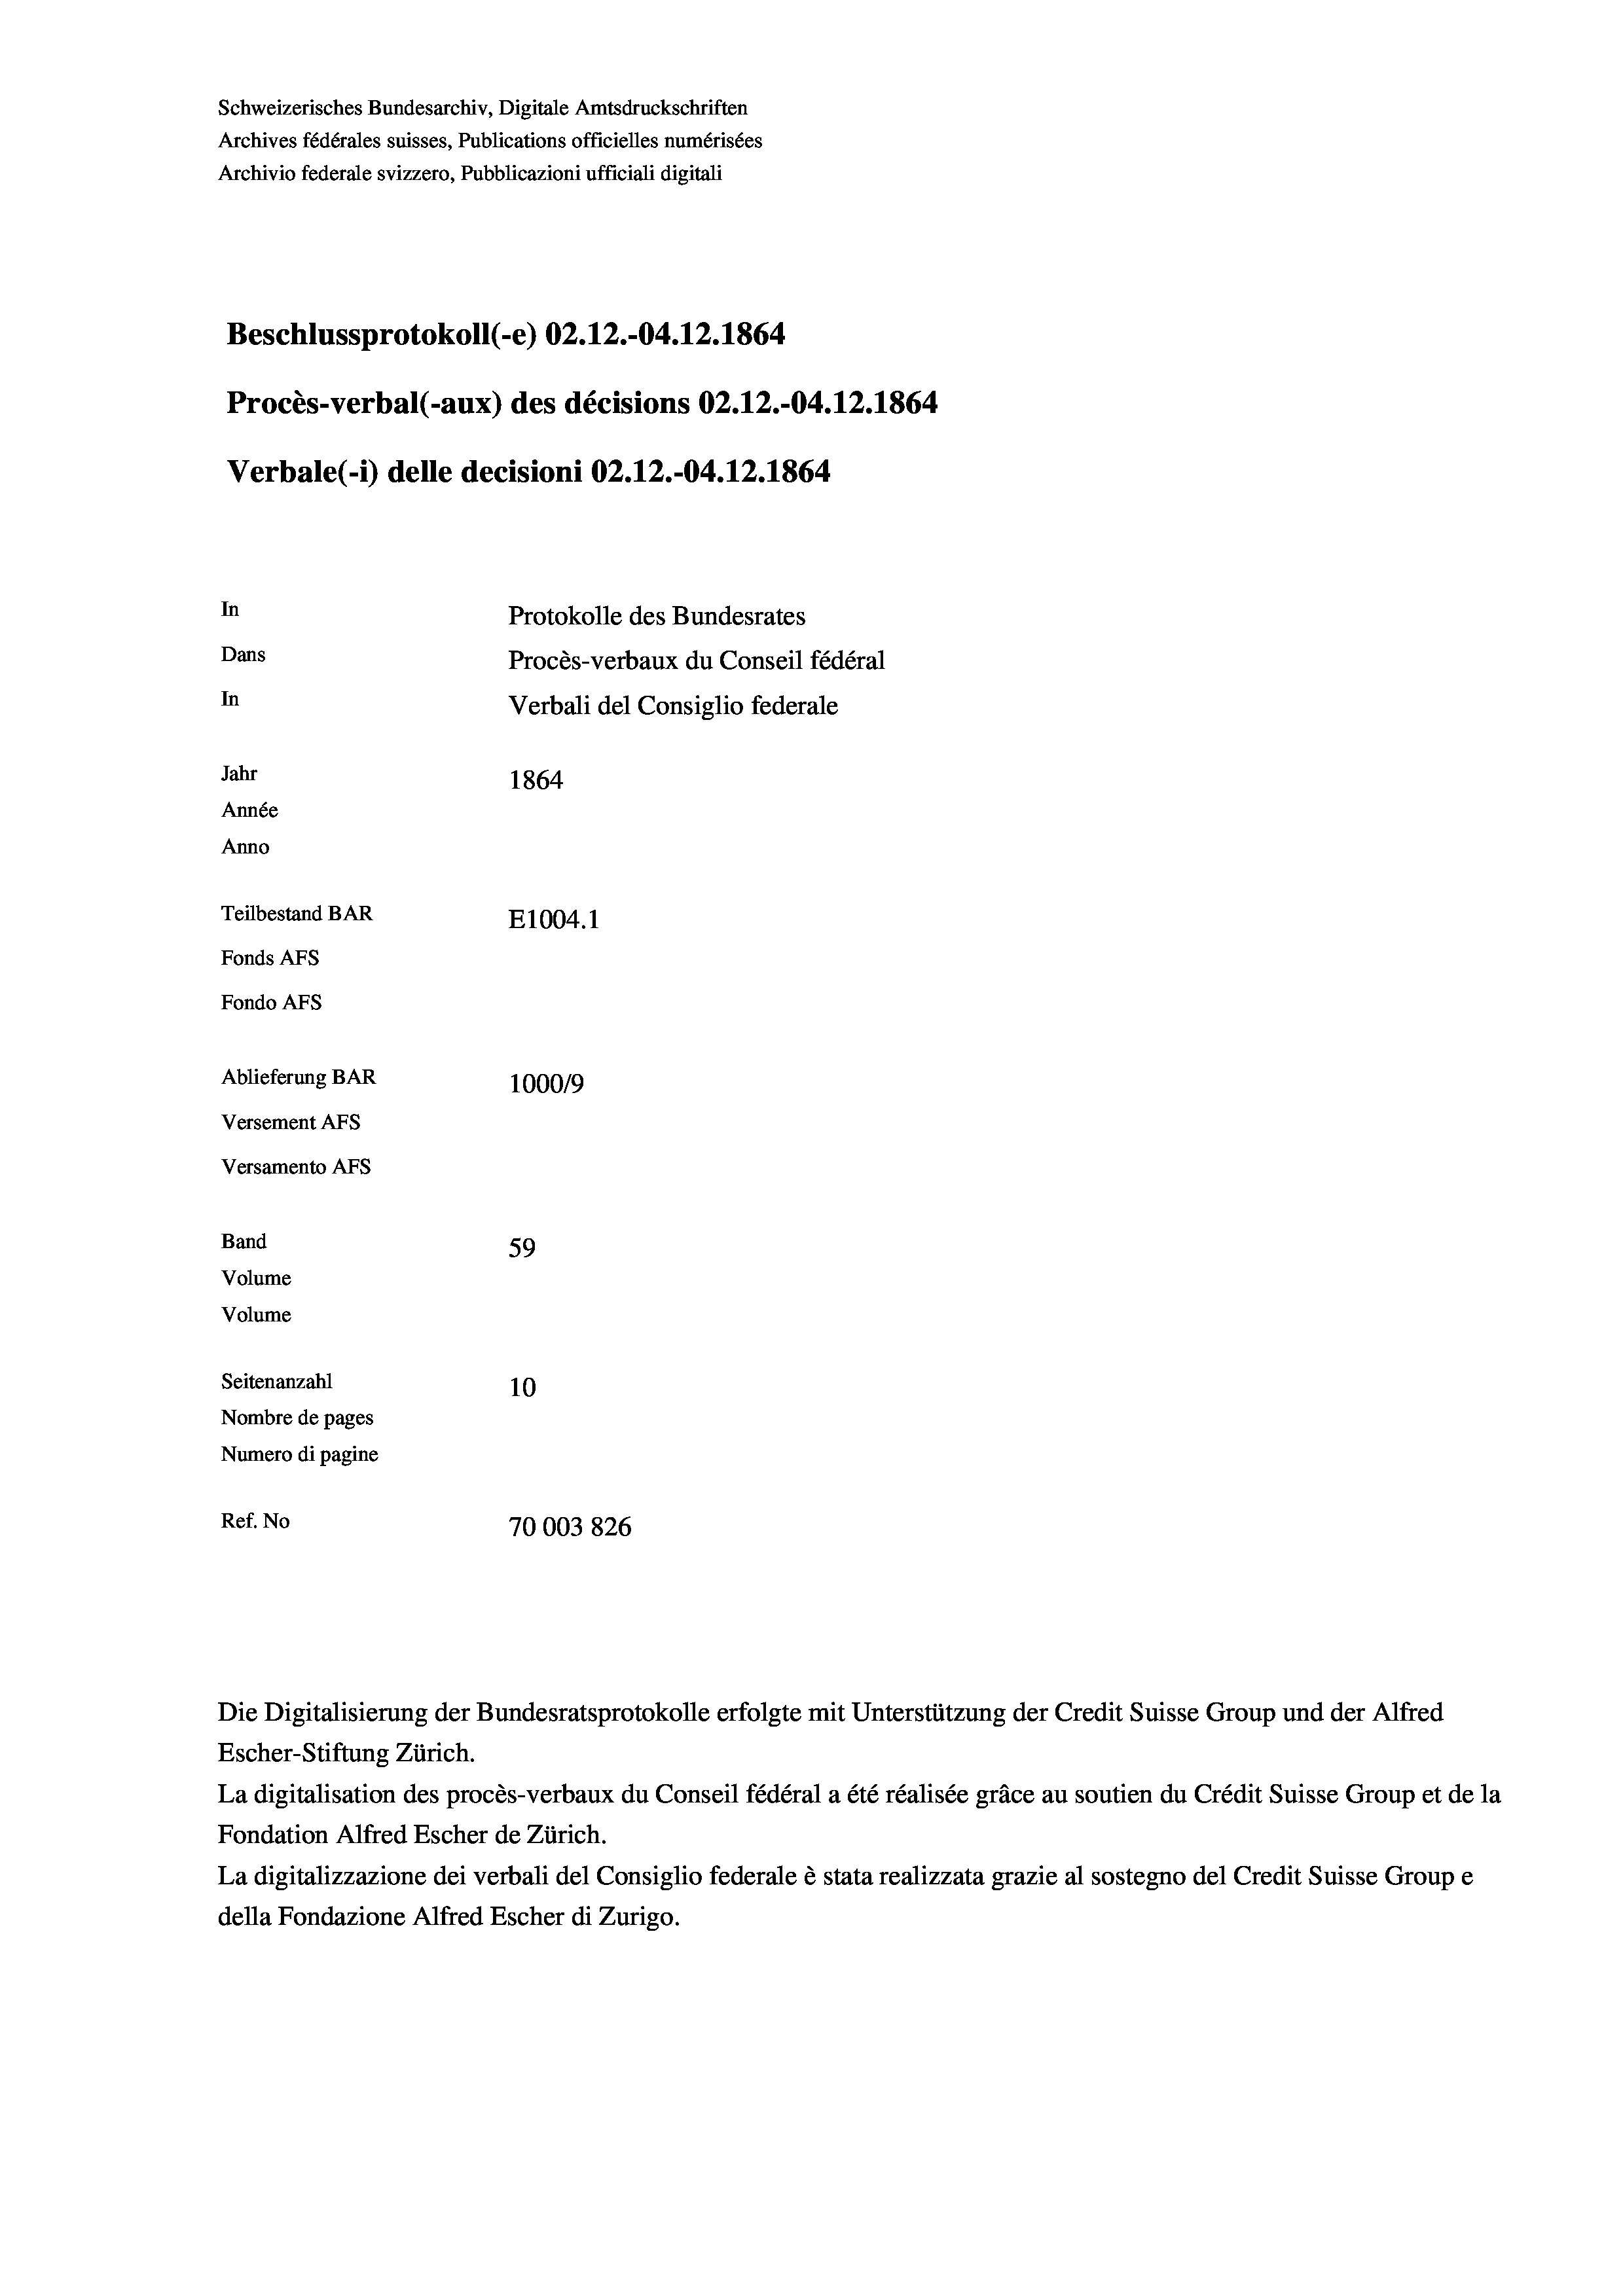
Beschlussprotokoll (-e) 02.12.-04.12.1864
Procès-verbal (-aux) des décisions 02.12.-04.12.1864
In
Protokolle des Bundesrates
Dans
Procès-verbaux du Conseil fédéral
In
Verbali del Consiglio federale
Jahr
1864
Année
Anno
Teilbestand BAR
E1004.1
Fonds AFs
Fondo AFS

Ablieferung BAR
Versement AFs
Versamento AFs
Band
59
Volume
Volume
Seitenanzahl
10

Verbale (- 1) delle decisioni 02.12.-04. 12. 1864.

100019
Nombre de pages
Numero di pagine
Ref. No
70003826

Schweizerisches Bundesarchiv, Digitale Amtsdruckschriften
Archives fédérales suisses, Publications officielles numérisées
Archivio federale svizzero, Pubblicazioni ufficiali digitali

Die Digitalisierung der Bundesratsprotokolle erfolgte mit Unterstützung der Credit Suisse Group und der Alfred
Escher-Stiftung Zürich.
La digitalisation des procès-verbaux du Conseil fédéral a été réalisée gräce au soutien du Crédit Suisse Group et de la
Fondation Alfred Escher de Zürich.
La digitalizzazione dei verbali del Consiglio federale è stata realizzata grazie al sostegno del Credit Suisse Groupe
della Fondazione Alfred Escher di Zurigo.